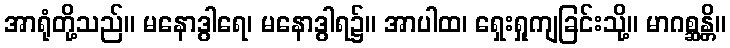
အာရုံတို့သည်။ မနောဒွါရေ၊ မနောဒွါရ၌။ အာပါထ၊ ရှေးရှုကျခြင်းသို့။ မာဂစ္ဆန္တိ။